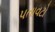
પતાવટો